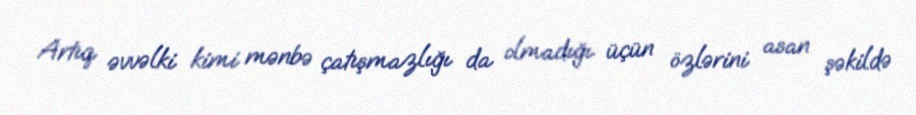
Artıq əvvəlki kimi mənbə çatışmazlığı da olmadığı üçün özlərini asan şəkildə